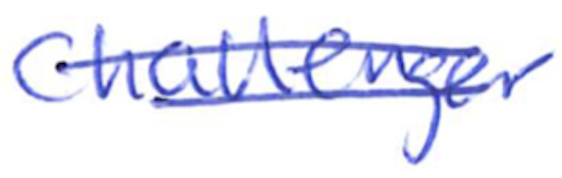
Text: Challenger
Cross-out: double-line
Writing tool: ballpoint